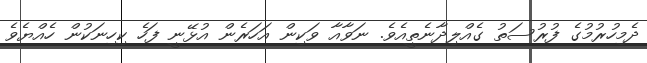
ދެމިހުރުމުގެ ފުރުސަތު ގެއްލިދާނެތީއެވެ. ނަވާއާ ވަކިން އަހަރެން އުޅޭނީ ފަހެ ކިހިނަކުން ހެއްޔެވެ